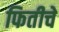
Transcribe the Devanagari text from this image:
फितीचे